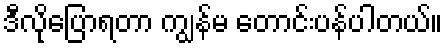
ဒီလိုပြောရတာ ကျွန်မ တောင်းပန်ပါတယ်။